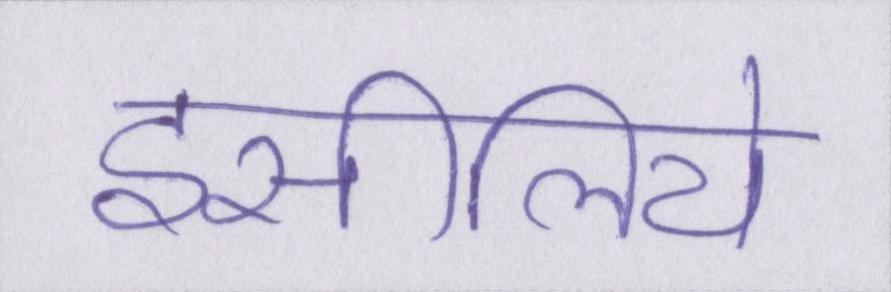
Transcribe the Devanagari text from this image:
इसीलिये